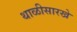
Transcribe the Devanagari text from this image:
थाळीसारखे